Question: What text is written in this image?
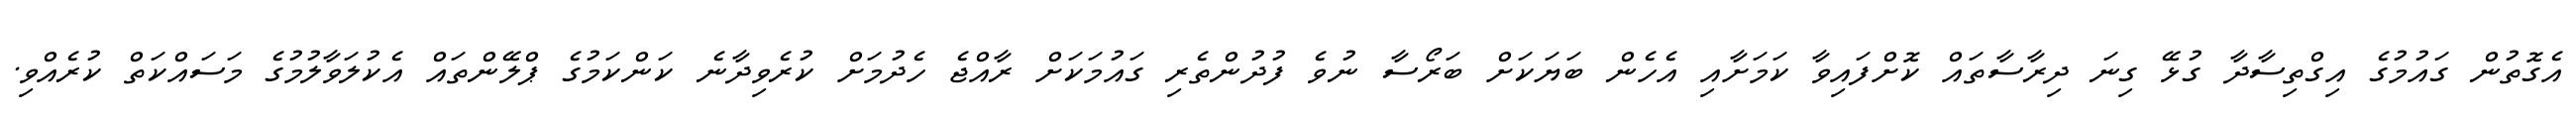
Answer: އެގޮތުން ގައުމުގެ އިގްތިސާދާ ގުޅޭ ގިނަ ދިރާސާތައް ކޮށްފައިވާ ކަމަށާއި އެހެން ބަޔަކަށް ބަރޯސާ ނުވެ ފުދުންތެރި ގައުމަކަށް ރާއްޖެ ހެދުމަށް ކުރެވިދާނެ ކަންކަމުގެ ޕްލޭންތައް އެކުލަވާލުމުގެ މަސައްކަތް ކުރެއްވި.